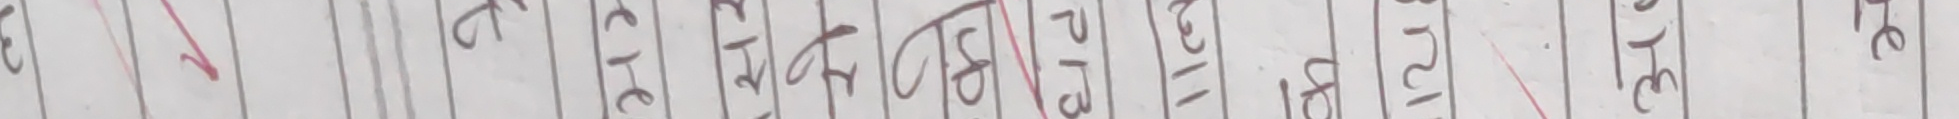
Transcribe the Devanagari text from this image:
ए ग च छ ज झ १२ ११ १२ १३ १४ १५ टे